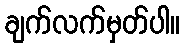
ချက်လက်မှတ်ပါ။